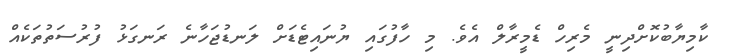
ކާމިިޔާބުކޮށްދިނީ މެރިހް ޑެމީރާލް އެވެ. މި ހާފުގައި ޔުނައިޓެޑަށް ލަނޑުޖަހާނެ ރަނގަޅު ފުރުސަތުތަކެއް